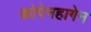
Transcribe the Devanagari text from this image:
कोपेनहागेन